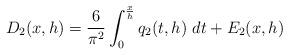
LaTeX: \begin{align*} D_{2}(x,h) = \frac{6}{\pi^2}\int_{0}^{\frac{x}{h}} q_2(t,h)\mbox{ }dt + E_2(x,h)\end{align*}